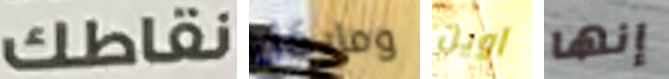
نقاطك ومايكل اوين إنها